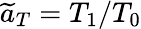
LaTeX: \widetilde{a}_{T}=T_{1}/T_{0}